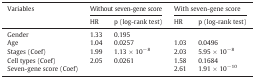
<table><thead><tr><td><b>Variables</b></td><td colspan="2"><b>Without seven-gene score</b></td><td colspan="2"><b>With seven-gene score</b></td></tr><tr><td><b>HR</b></td><td><b>p (log-rank test)</b></td><td><b>HR</b></td><td><b>p (log-rank test)</b></td></tr></thead><tbody><tr><td>Gender</td><td>1.33</td><td>0.195</td><td></td><td></td></tr><tr><td>Age</td><td>1.04</td><td>0.0257</td><td>1.03</td><td>0.0496</td></tr><tr><td>Stages (Coef)</td><td>1.99</td><td>1.13 × 10<sup>− 8</sup></td><td>2.03</td><td>5.95 × 10<sup>− 8</sup></td></tr><tr><td>Cell types (Coef)</td><td>2.05</td><td>0.0261</td><td>1.58</td><td>0.1684</td></tr><tr><td>Seven-gene score (Coef)</td><td></td><td></td><td>2.61</td><td>1.91 × 10<sup>− 10</sup></td></tr></tbody></table>